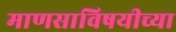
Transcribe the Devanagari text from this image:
माणसाविषयीच्या